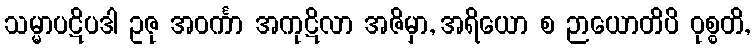
သမ္မာပဋိပဒါ ဥဇု အဝင်္ကာ အကုဋိလာ အဇိမှာ, အရိယော စ ဉာယောတိပိ ဝုစ္စတိ,